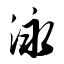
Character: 泳